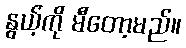
နွယ့်ကို မီတော့မည်။